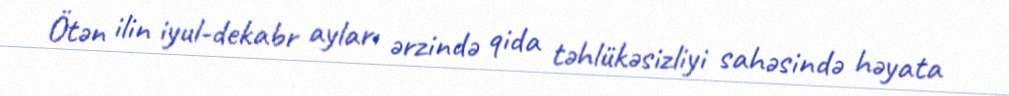
Ötən ilin iyul-dekabr ayları ərzində qida təhlükəsizliyi sahəsində həyata